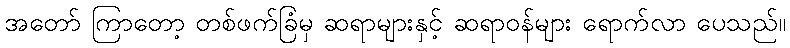
အတော် ကြာတော့ တစ်ဖက်ခြံမှ ဆရာများနှင့် ဆရာဝန်များ ရောက်လာ ပေသည်။